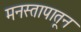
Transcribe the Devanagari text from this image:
मनस्तापातून